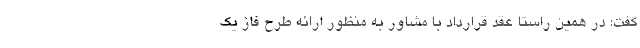
گفت: در همین راستا عقد قرارداد با مشاور به منظور ارائه طرح فاز یک